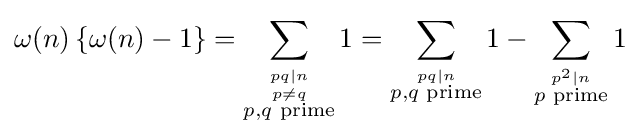
\omega (n)\left\{\omega (n)-1\right\}=\sum _{\stackrel {pq\mid n}{\stackrel {p\neq q}{p,q{\text{ prime}}}}}1=\sum _{\stackrel {pq\mid n}{p,q{\text{ prime}}}}1-\sum _{\stackrel {p^{2}\mid n}{p{\text{ prime}}}}1